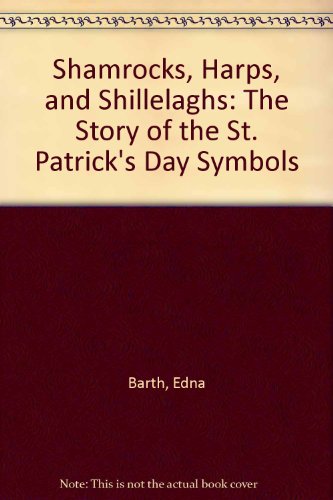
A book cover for Shamrocks, Harps, and Shillelaghs: The Story of the St. Patrick's Day Symbols; Ursula Arndt; Children's Books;